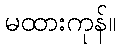
မထားကုန်။